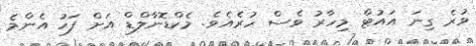
ވުރެ ގިނަ އައުޓް މިހާރު ވެސް ހުރެއެވެ. މެކްޑޮނާލްޑް އަށް ފަހު އެންމެ